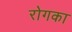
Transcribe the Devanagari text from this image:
रोगका